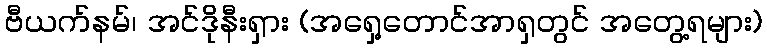
ဗီယက်နမ်၊ အင်ဒိုနီးရှား (အရှေ့တောင်အာရှတွင် အတွေ့ရများ)